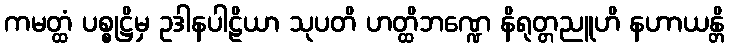
ကမတ္ထံ ပစ္စုဋ္ဌိမှ ဥဒါနပါဠိယာ သုပတိ ဟတ္ထိဘဏ္ဍေ နိရုတ္တညူဟိ နဟာယန္တိ